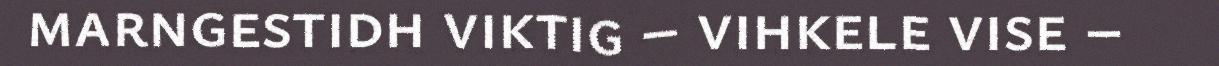
marngestidh viktig – vihkele vise –